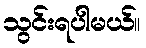
သွင်းရပါမယ်။